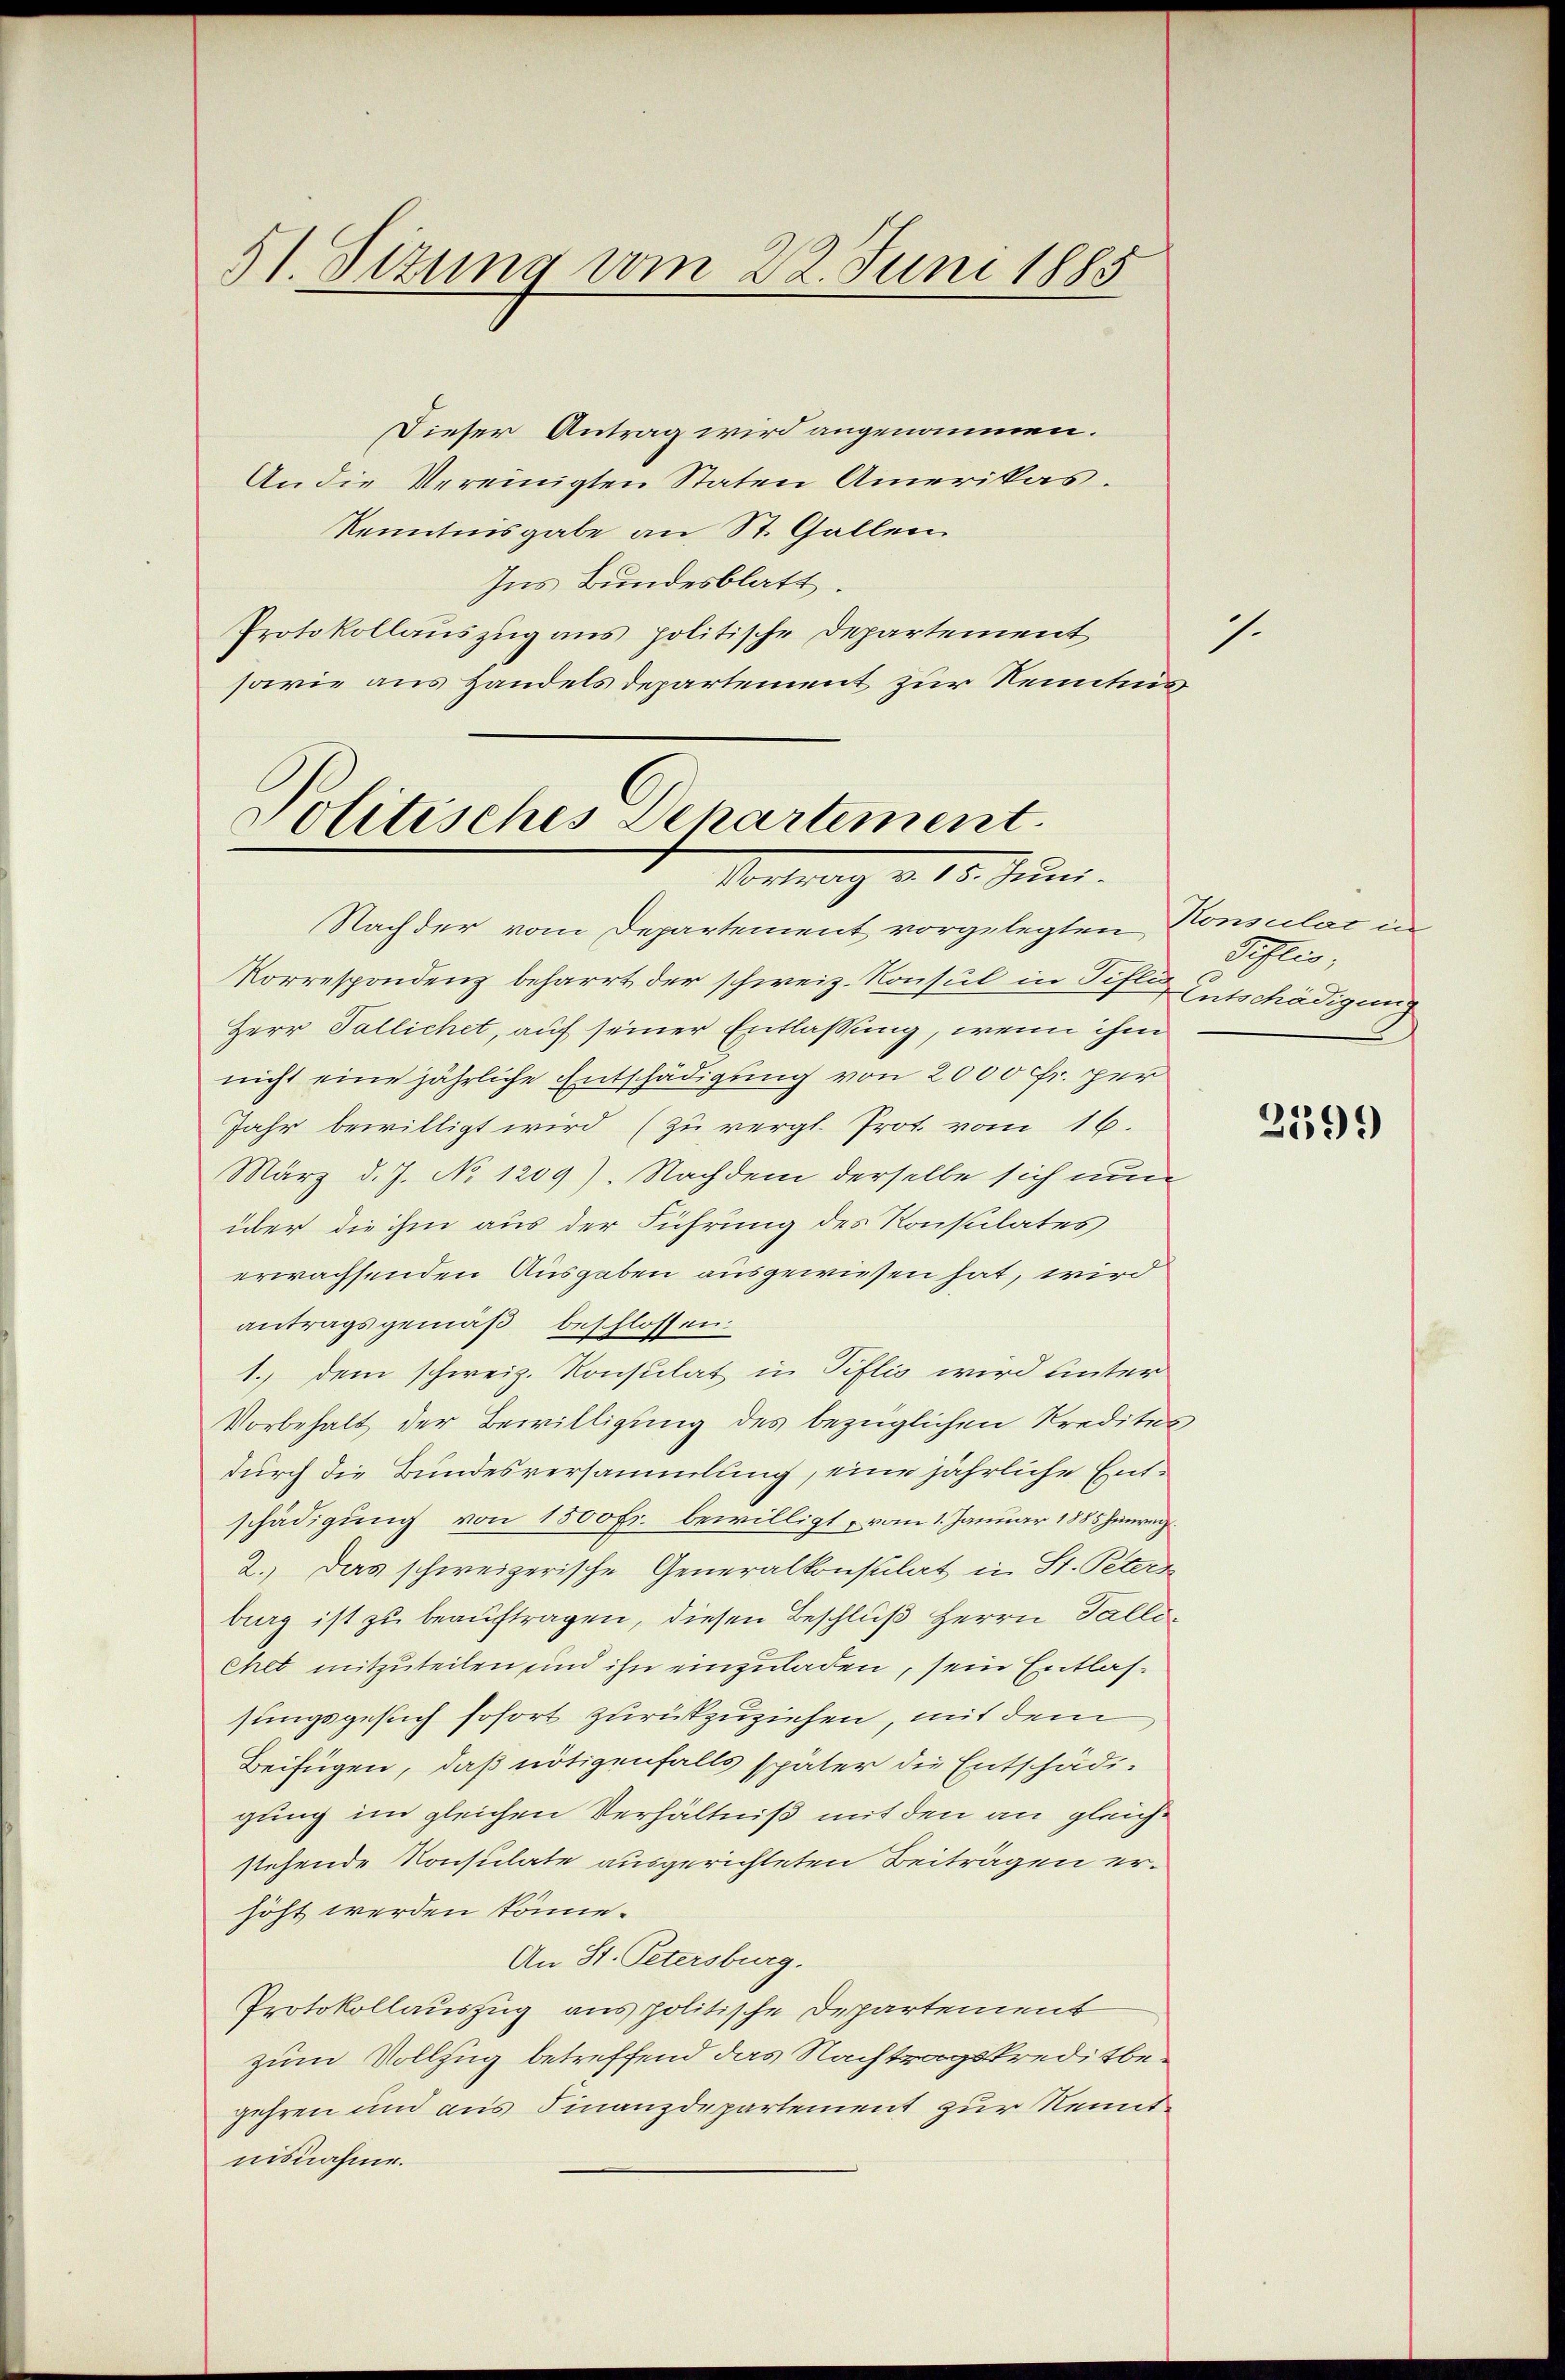
51. Sizung vom 22. Juni 1885

Dieser Antrag wird angenommen.
An die Vereinigten Staten Amerikas.
Kenntnisgabe an St. Gallen
Ins Bundesblatt.
Protokollauszug aus politische Departement
sowie aus Handels departement zur Kenntnis

Politisches Departement.
Montrag v. 15. Juni.

Korrespondenz beharrt der schweiz. Konsul in Fifle Entschädigung
Herr Pallichet, auf seiner Entlassung, wenn ihm
nicht eine jährliche Entschädigung von 2000 Fr. per
Jahr bewilligt wird (zu vergl. Prot. vom 16.
März d. J. No 1209). Nachdem derselbe sich nun
über die ihm aus der Führung des Konsulates
erwachsenden Ausgaben ausgewiesen hat, wird
antragsgemäß beschlossen:
1. dem schweiz. Konsulat in Tiflis wird unter
Vorbehalt der Bewilligung des bezüglichen Kredites
durch die Bundesversammlung, eine jährliche Entschädigung von 1500 Fr. bewilligt, vom 1. Januar 1885 unrech¬
2.) Das schweizerische Generalkonsulat in St. Peters
burg ist zu beauftragen, diesen Beschluß Herrn Fallichet mitzuteilen und ihn einzuladen, sein Entlassungsgesuch sofort zurückzuziehen, mit dem
Beifügen, daß nötigenfalls später die Entschädigung im gleichen Verhältniß mit den an gleichstehende Konsulate ausgerichteten Beiträgen erhöht werden könne.
An St. Petersburg.
Protokollauszug aus politische Departement
zum Vollzug betreffend das Nachtragskreditbegehren und aus Finanzdepartement zur Kenntnisnahme.

Nachder vom Departement vorgelegten Konsulat in

7.

Peflis,

2399